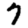
Digit: 7